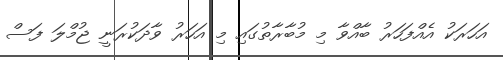
އަހަރަކު އެއްފަހަރު ބާއްވާ މި މުބާރާތުގައި މި އަހަރު ވާދަކުރަނީ ޖުމްލަ ފަސް